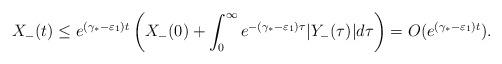
LaTeX: \begin{align*}X_-(t)\leq e^{(\gamma_*-\varepsilon_1)t}\left( X_-(0)+ \int_0^\infty e^{-(\gamma_*-\varepsilon_1)\tau} |Y_-(\tau)| d\tau\right)=O(e^{(\gamma_*-\varepsilon_1)t}).\end{align*}